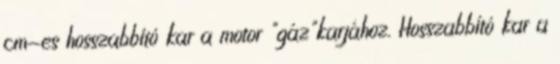
cm-es hosszabbító kar a motor "gáz"karjához. Hosszabbító kar a